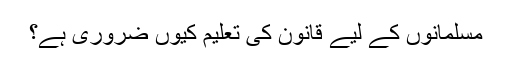
مسلمانوں کے لیے قانون کی تعلیم کیوں ضروری ہے؟